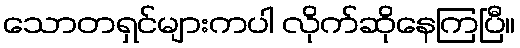
သောတရှင်များကပါ လိုက်ဆိုနေကြပြီ။